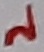
Text: 2